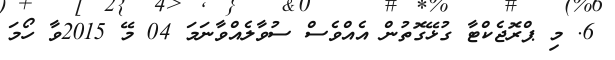
6. މި ޕްރޮޖެކްޓާ ގުޅޭގޮތުން އެއްވެސް ސުވާލެއްވާނަމަ 04 މޭ 2015ވާ ހޯމަ